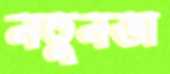
নতুনডা